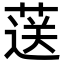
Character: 𦷴